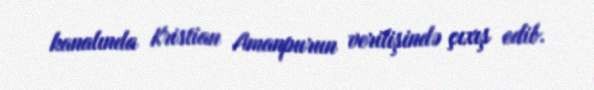
kanalında Kristian Amanpurun verilişində çıxış edib.